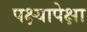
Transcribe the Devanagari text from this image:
पक्ष्यापेक्षा